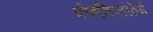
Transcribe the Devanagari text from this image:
पोइकिलोठेर्म